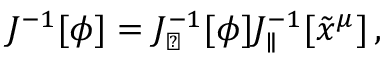
J ^ { - 1 } [ \phi ] = J _ { \perp } ^ { - 1 } [ \phi ] J _ { \parallel } ^ { - 1 } [ \tilde { x } ^ { \mu } ] \, ,